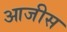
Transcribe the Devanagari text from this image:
आजीस